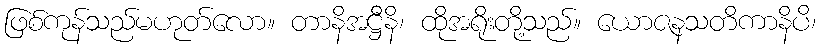
ဖြစ်ကုန်သည်မဟုတ်လော။ တာနိအဋ္ဌီနိ၊ ထိုအရိုးတို့သည်။ ယောဇနသတိကာနိပိ၊